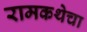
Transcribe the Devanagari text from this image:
रामकथेचा